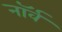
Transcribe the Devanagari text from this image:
नॉर्व